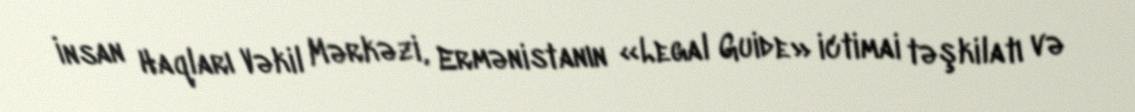
İnsan Haqları Vəkil Mərkəzi, Ermənistanın «Legal Guide» ictimai təşkilatı və